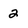
Character: 2